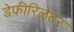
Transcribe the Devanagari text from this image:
डेफीरिलेटर